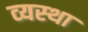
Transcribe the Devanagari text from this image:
व्‍यस्‍था